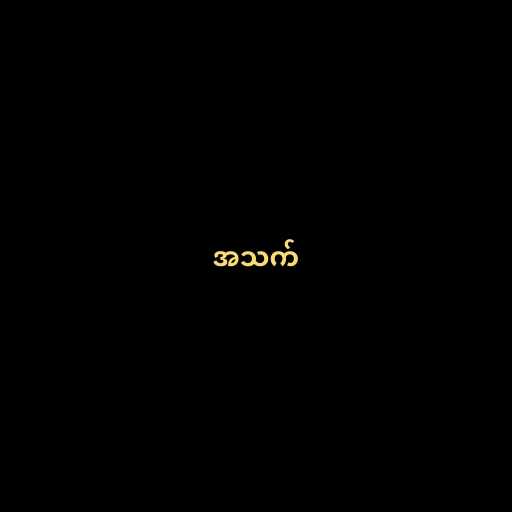
အသက်